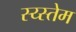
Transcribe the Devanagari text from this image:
स्य्स्तेम